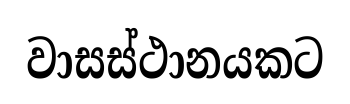
වාසස්ථානයකට